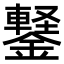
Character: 𬬆